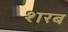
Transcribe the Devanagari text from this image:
शरब